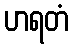
ဟရတံ